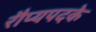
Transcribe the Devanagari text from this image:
रौप्यपदके